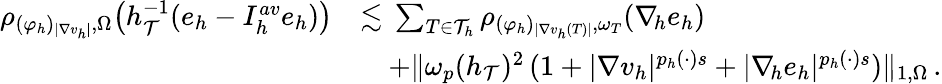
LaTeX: \begin{array}{r}{\begin{array}{rl}{\rho_{(\varphi_{h})_{\vert\nabla v_{h}\vert},\Omega}\big(h_{\mathcal{T}}^{-1}(e_{h}-I_{h}^{\textit{av}}e_{h})\big)}&{\lesssim\, \sum_{T\in\mathcal{T}_{h}}{\rho_{(\varphi_{h})_{\vert\nabla v_{h}(T)\vert},\omega_{T}}(\nabla_{\! h}e_{h})}}\\ &{\quad+\| \omega_{p}(h_{\mathcal{T}})^{2}\, (1+\vert\nabla v_{h}\vert^{p_{h}(\cdot)s}+\vert\nabla_{\! h}e_{h}\vert^{p_{h}(\cdot)s})\| _{1,\Omega}\, .}\end{array}}\end{array}